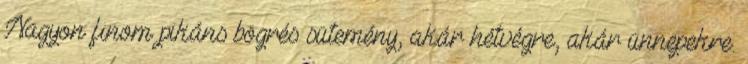
Nagyon finom pikáns bögrés sütemény, akár hétvégre, akár ünnepekre.